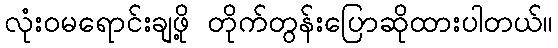
လုံးဝမရောင်းချဖို့ တိုက်တွန်းပြောဆိုထားပါတယ်။